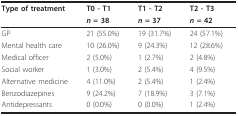
<table><thead><tr><td><b>Type of treatment</b></td><td><b>T0 - T1</b></td><td><b>T1 - T2</b></td><td><b>T2 - T3</b></td></tr><tr><td></td><td><b><i>n </i>= 38</b></td><td><b><i>n </i>= 37</b></td><td><b><i>n = </i>42</b></td></tr></thead><tbody><tr><td>GP</td><td>21 (55.0%)</td><td>19 (31.7%)</td><td>24 (57.1%)</td></tr><tr><td>Mental health care</td><td>10 (26.0%)</td><td>9 (24.3%)</td><td>12 (28.6%)</td></tr><tr><td>Medical officer</td><td>2 (5.0%)</td><td>1 (2.7%)</td><td>2 (4.8%)</td></tr><tr><td>Social worker</td><td>1 (3.0%)</td><td>2 (5.4%)</td><td>4 (9.5%)</td></tr><tr><td>Alternative medicine</td><td>4 (11.0%)</td><td>2 (5.4%)</td><td>1 (2.4%)</td></tr><tr><td>Benzodiazepines</td><td>9 (24.2%)</td><td>7 (18.9%)</td><td>3 (7.1%)</td></tr><tr><td>Antidepressants</td><td>0 (0.0%)</td><td>0 (0.0%)</td><td>1 (2.4%)</td></tr></tbody></table>